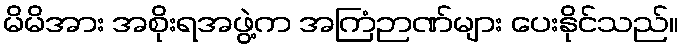
မိမိအား အစိုးရအဖွဲ့က အကြံဉာဏ်များ ပေးနိုင်သည်။